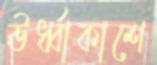
ঊর্ধ্বাকাশে